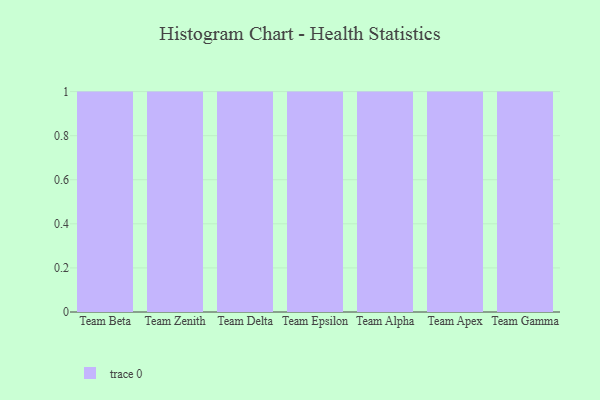
{"axis": {"x": "Team", "y": "Population (Million)"}, "legend": [""], "data": [{"x": "Team Beta", "y": 74, "type": ""}, {"x": "Team Zenith", "y": 3, "type": ""}, {"x": "Team Delta", "y": 23, "type": ""}, {"x": "Team Epsilon", "y": 24, "type": ""}, {"x": "Team Alpha", "y": 72, "type": ""}, {"x": "Team Apex", "y": 71, "type": ""}, {"x": "Team Gamma", "y": 43, "type": ""}]}